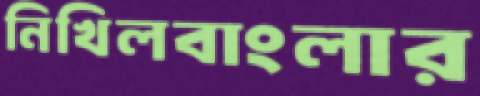
নিখিলবাংলার